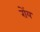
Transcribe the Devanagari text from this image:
रोंय